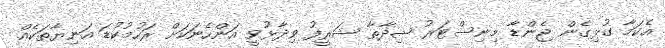
އެކަމާ ގުޅިގެން ޖެންޑާ މިނިސްޓަރު ޝިދާތާ ޝަރީފު ވިދާޅުވީ އަންހެނަކަށް ރަހުމުކުޑަ އަނިޔާތަކެއް